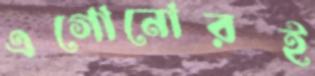
এগোনোরই